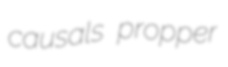
causals propper